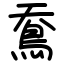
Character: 鴌